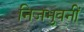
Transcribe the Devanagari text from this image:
निजभुवनीं